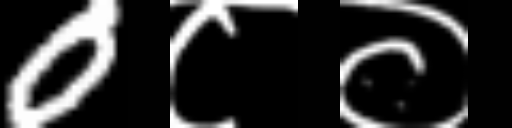
Text: 0८०